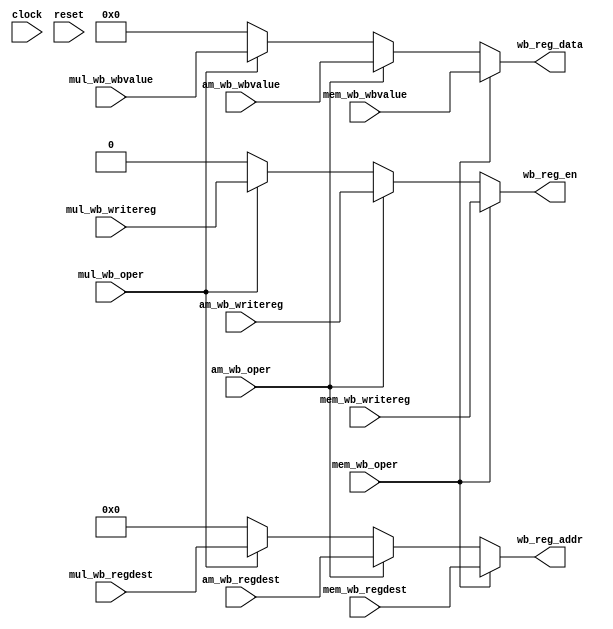
`ifndef WRITEBACK_V
`define WRITEBACK_V

module Writeback (
    input clock,
    input reset,

    // Mult
    input mul_wb_oper,
    input [4:0] mul_wb_regdest,
    input mul_wb_writereg,
    input [31:0] mul_wb_wbvalue,

    // AluMisc
    input am_wb_oper,
    input [4:0] am_wb_regdest,
    input am_wb_writereg,
    input [31:0] am_wb_wbvalue,

    // Mem
    input [4:0] mem_wb_regdest,
    input mem_wb_writereg,
    input [31:0] mem_wb_wbvalue,
    input mem_wb_oper,

    //Registers (asynchronous output)
    output        wb_reg_en,
    output [4:0]  wb_reg_addr,
    output [31:0] wb_reg_data

    // //Registers (synchronous output)
    // output reg        wb_reg_en,
    // output reg [4:0]  wb_reg_addr,
    // output reg [31:0] wb_reg_data
);
    // Is it a MEM operation? If so, write at 'mem_wb_writereg' 
    // If not, is it an ALUMISC operation? If so, write at 'am_wb_writereg'
    // If not, is it a MULT operation? If so, write at 'mul_wb_writereg'
    // If not, just set it to 0
    assign wb_reg_en = mem_wb_oper ? mem_wb_writereg : (
        am_wb_oper ? am_wb_writereg : (
            mul_wb_oper ? mul_wb_writereg : 1'b0
        )
    );

    // Same logic, but to choose register corresponding address 
    assign wb_reg_addr = mem_wb_oper ? mem_wb_regdest : (
        am_wb_oper ? am_wb_regdest : (
            mul_wb_oper ? mul_wb_regdest : 5'b00000
        )
    );

    // Same logic, but to choose register corresponding data
    assign wb_reg_data = mem_wb_oper ? mem_wb_wbvalue : (
        am_wb_oper ? am_wb_wbvalue : (
            mul_wb_oper ? mul_wb_wbvalue : 32'h0000_0000
        )
    );


    // always @(negedge clock or negedge reset) begin
    //     if (~reset) begin
    //         wb_reg_en <= 1'b0;
    //         wb_reg_addr <= 5'b00000;
    //         wb_reg_data <= 32'h0000_0000;
    //     end else begin
    //         if (mem_wb_oper) begin
    //             wb_reg_en <= mem_wb_writereg;
    //             wb_reg_addr <= mem_wb_regdest;
    //             wb_reg_data <= mem_wb_wbvalue;
    //         end else if (am_wb_oper) begin
    //             wb_reg_en <= am_wb_writereg;
    //             wb_reg_addr <= am_wb_regdest;
    //             wb_reg_data <= am_wb_wbvalue;
    //         end else if (mul_wb_oper) begin
    //             wb_reg_en <= mul_wb_writereg;
    //             wb_reg_addr <= mul_wb_regdest;
    //             wb_reg_data <= mul_wb_wbvalue;
    //         end else begin
    //             wb_reg_en <= 1'b0;
    //             wb_reg_addr <= 5'b00000;
    //             wb_reg_data <= 32'h0000_0000;
    //         end
    //     end
    // end

endmodule

`endif